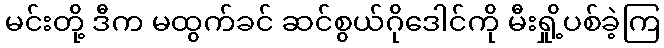
မင်းတို့ ဒီက မထွက်ခင် ဆင်စွယ်ဂိုဒေါင်ကို မီးရှို့ပစ်ခဲ့ကြ